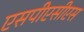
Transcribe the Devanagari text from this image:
एसपीएसीएस